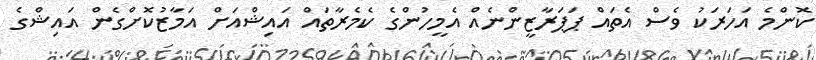
ކޮންމެ އަހަރަކު ވެސް އެތައް ޕަޕަރާޒީންނެއް އެމީހުންގެ ކެމެރާތައް އައިޝްއަށް އަމާޒުކޮށްގެން އައިޝްގެ